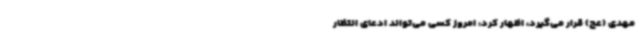
مهدی (عج) قرار می‌گیرد، اظهار کرد: امروز کسی می‌تواند ادعای انتظار